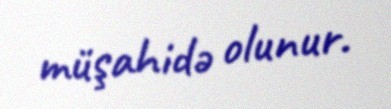
müşahidə olunur.